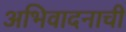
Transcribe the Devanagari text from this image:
अभिवादनाची